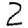
Digit: 2